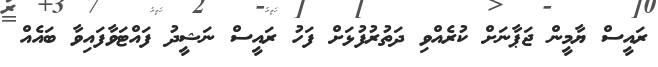
ރައީސް ޔާމީން ޖަޕާނަށް ކުރެއްވި ދަތުރުފުޅަށް ފަހު ރައީސް ނަޝީދު ފައްޓަވާފައިވާ ބައެއް